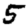
Digit: 5